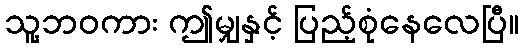
သူ့ဘဝကား ဤမျှနှင့် ပြည့်စုံနေလေပြီ။